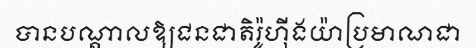
បានបណ្តាលឱ្យជនជាតិរ៉ូហ៊ីងយ៉ាប្រមាណជា